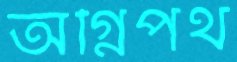
অগ্নিপথ